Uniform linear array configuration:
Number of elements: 64
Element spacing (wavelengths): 1
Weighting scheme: hann
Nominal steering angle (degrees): -60
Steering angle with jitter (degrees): -61.646
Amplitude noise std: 0.05
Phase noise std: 0.05

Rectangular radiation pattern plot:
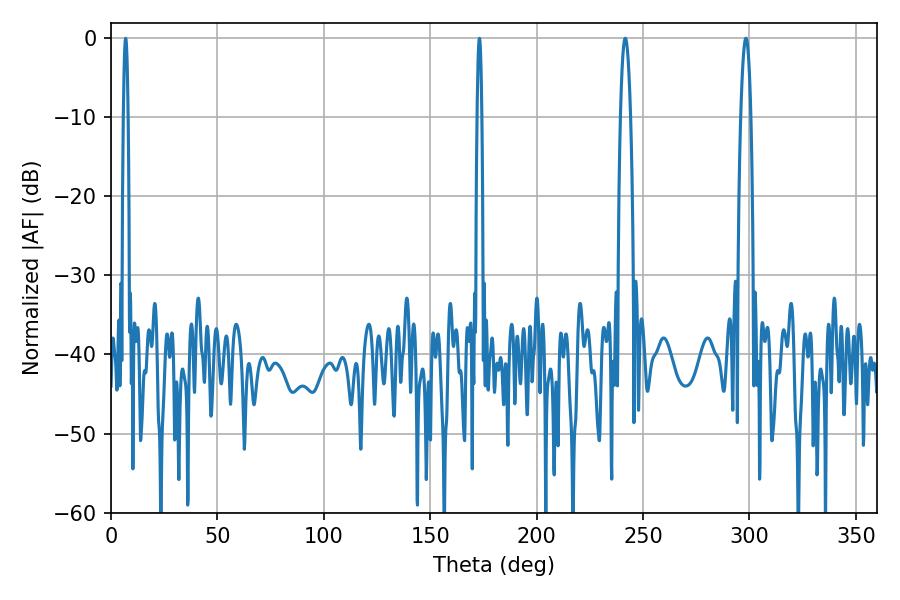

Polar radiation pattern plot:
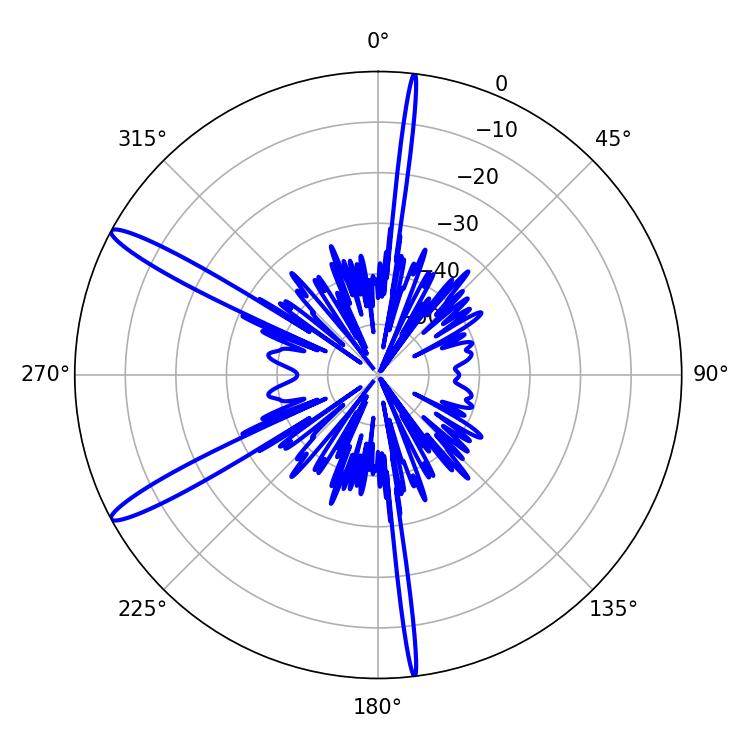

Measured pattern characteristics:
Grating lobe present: TRUE
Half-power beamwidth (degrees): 2.52
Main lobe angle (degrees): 241.56